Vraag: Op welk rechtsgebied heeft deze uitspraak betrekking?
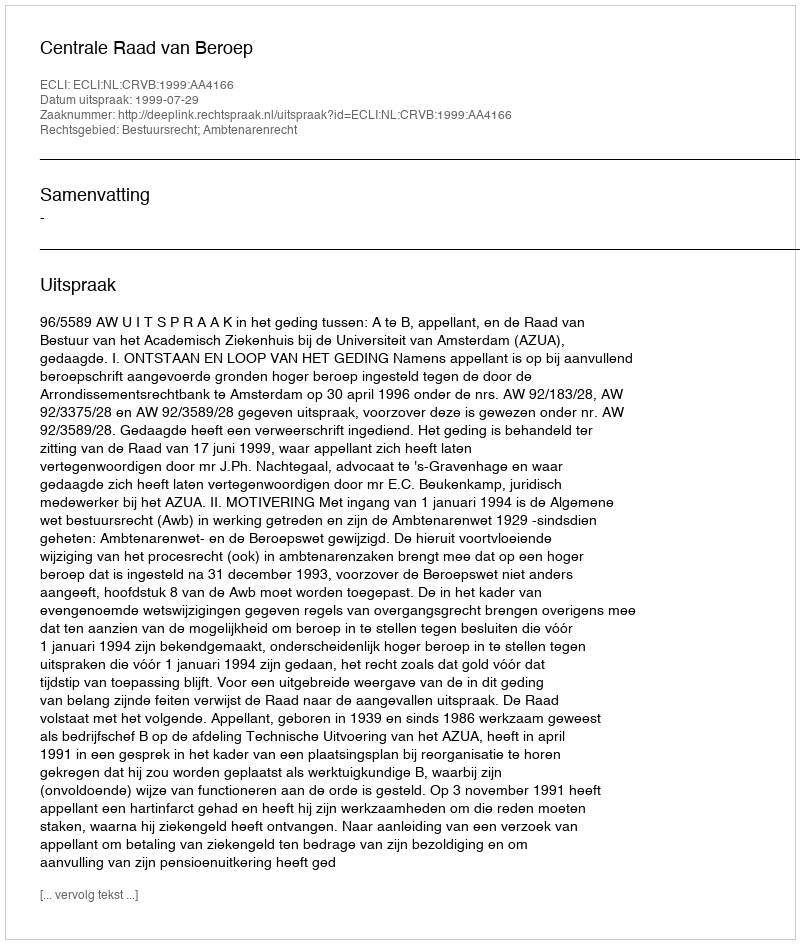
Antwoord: Bestuursrecht; Ambtenarenrecht